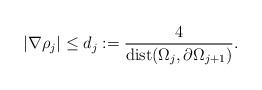
LaTeX: \begin{align*}| \nabla \rho_{j} | \leq d_{j} := \frac{4}{\mathrm{dist}( \Omega_{j},\partial \Omega_{j+1})}.\end{align*}